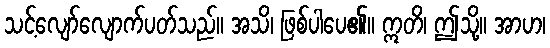
သင့်လျော်လျောက်ပတ်သည်။ အသိ၊ ဖြစ်ပါပေ၏။ ဣတိ၊ ဤသို့။ အာဟ၊